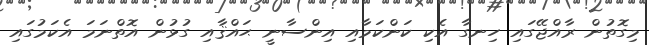
މިގޮތުން ރާއްޖޭގައި ހިނގާ އެކި ކަންކަމާއި އިންސާނީ ޙައްޤާއި ގުުޅުން އޮތްނަމަ އެކަމުގައި